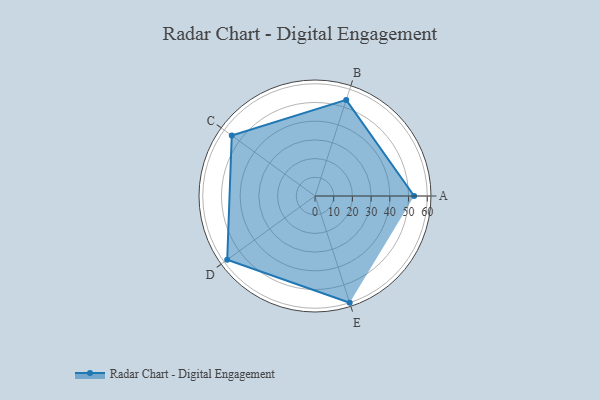
{"axis": {"x": "Skill", "y": "Score"}, "legend": ["Profile"], "data": [{"x": "A", "y": 53.0, "type": "Profile"}, {"x": "B", "y": 54.0, "type": "Profile"}, {"x": "C", "y": 55.0, "type": "Profile"}, {"x": "D", "y": 58.0, "type": "Profile"}, {"x": "E", "y": 60.0, "type": "Profile"}]}